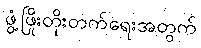
ဖွံ့ဖြိုးတိုးတက်ရေးအတွက်